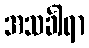
အသင်္ခါရာ